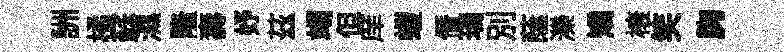
詶橘蘇濕隆壽妤茲竭但庠螘僭瑪别蔭濼矯榱笑胸